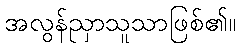
အလွန်ညှာသူသာဖြစ်၏။